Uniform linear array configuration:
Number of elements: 4
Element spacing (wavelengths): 0.25
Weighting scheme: hamming
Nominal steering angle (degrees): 30
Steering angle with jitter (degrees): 28.035
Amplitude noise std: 0.05
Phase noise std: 0.05

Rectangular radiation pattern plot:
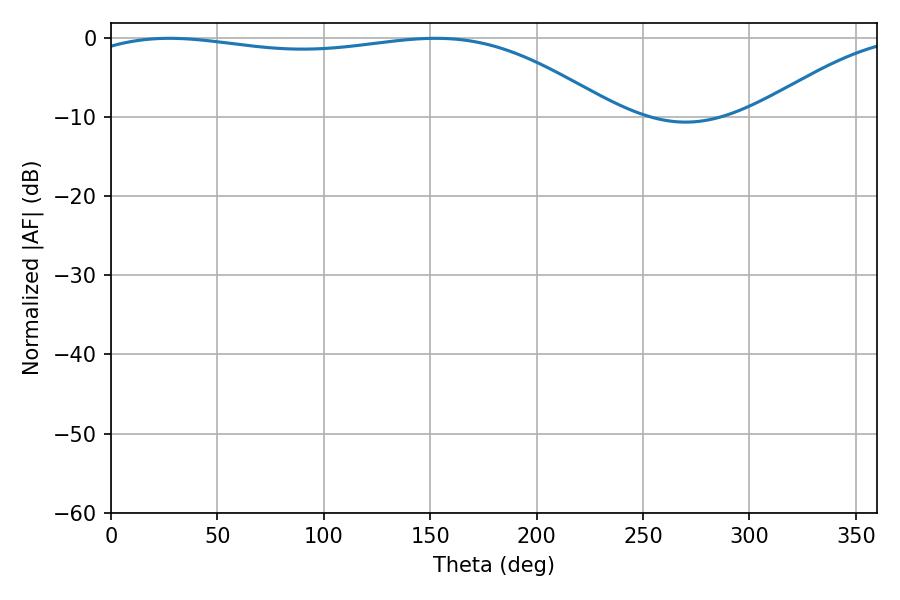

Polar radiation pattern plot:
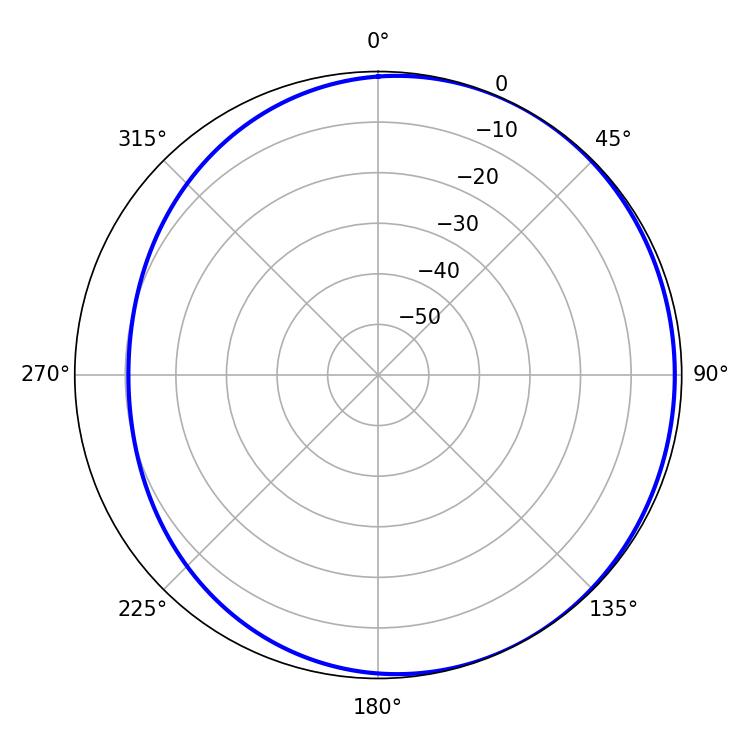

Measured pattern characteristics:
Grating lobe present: FALSE
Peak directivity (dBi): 1.867
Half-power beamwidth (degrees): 199.8
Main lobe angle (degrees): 27.36